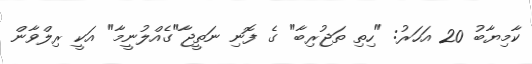
ކާމިޔާބު 20 އަހަރު: "ހިތި ތަޖުރިބާ" ގެ ފޮނި ނަތީޖާ"ގެއްލުނީމާ" އަކީ ރިލްވާން